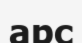
арс